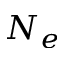
N _ { e }